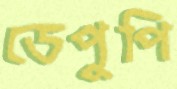
ডেপুপি